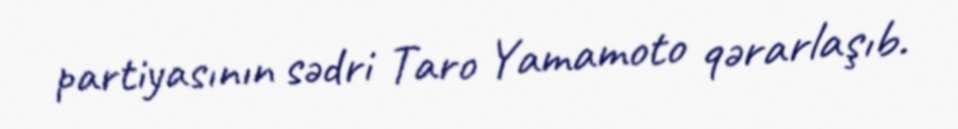
partiyasının sədri Taro Yamamoto qərarlaşıb.